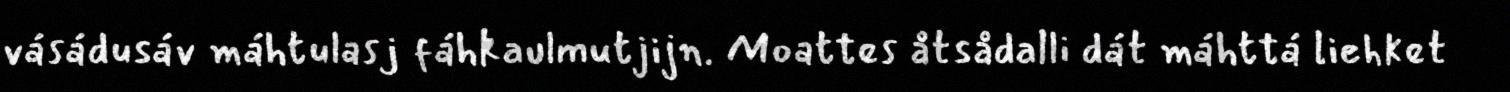
vásádusáv máhtulasj fáhkaulmutjijn. Moattes åtsådalli dát máhttá liehket